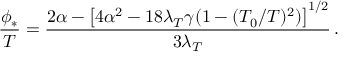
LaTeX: \frac { \phi _ { * } } { T } = \frac { 2 \alpha - \left[ 4 \alpha ^ { 2 } - 1 8 \lambda _ { T } \gamma ( 1 - ( T _ { 0 } / T ) ^ { 2 } ) \right] ^ { 1 / 2 } } { 3 \lambda _ { T } } \, .